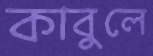
কাবুলে